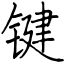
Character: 键